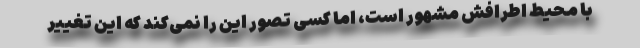
با محیط اطرافش مشهور است، اما کسی تصور این را نمی‌کند که این تغییر